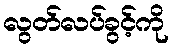
လွတ်လပ်ခွင့်ကို